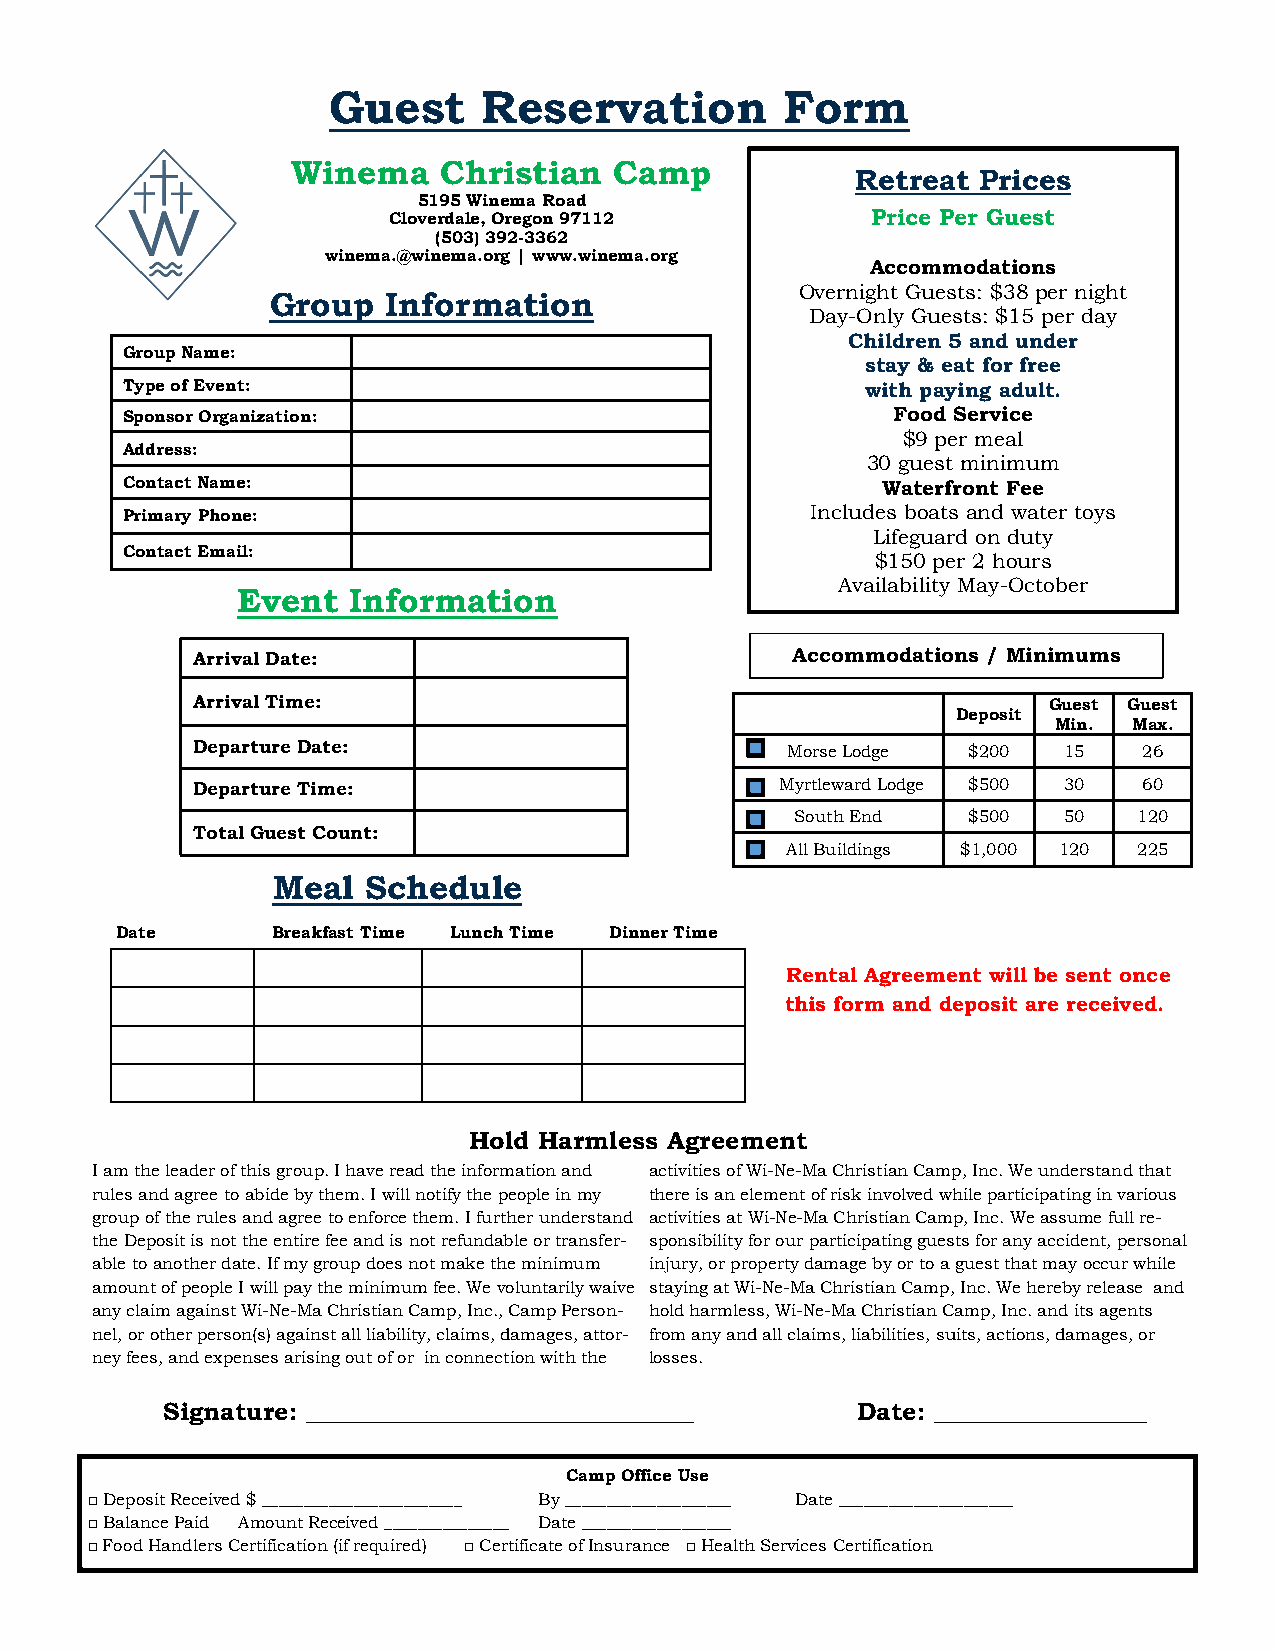
Guest     Reservation         Form
 Winema    Christian   Camp
 Retreat Prices
 5195 Winema Road
 Cloverdale, Oregon 97112        Price Per Guest
 (503)392-3362
 winema.@winema.org | www.winema.org
 Accommodations
 Group   Information
 Overnight Guests: $38 per night
 Day-Only Guests: $15 per day
 Children 5 and under
 Group Name:
 stay & eat for free
 Type of Event:                                   with paying adult.
 Sponsor Organization:                              Food Service
 $9 per meal
 Address:
 30 guest minimum
 Contact Name:                                     Waterfront Fee
 Primary Phone:                                Includes boats and water toys
 Lifeguard on duty
 Contact Email:
 $150 per 2 hours
 Availability May-October
 Event  Information
 Arrival Date:                          Accommodations / Minimums
 Arrival Time:                                           Guest Guest
 Deposit
 Min. Max.
 Departure Date:                        Morse Lodge $200  15    26
 Departure Time:                        Myrtleward Lodge $500 30 60
 South End  $500  50   120
 Total Guest Count:
 All Buildings $1,000 120 225
 Meal  Schedule
 Date      Breakfast Time Lunch Time Dinner Time
 Rental Agreement will be sent once
 this form and deposit are received.
 Hold Harmless Agreement
 I am the leader of this group. I have read the information and activities of Wi-Ne-Ma Christian Camp, Inc. We understand that
 rules and agree to abide by them. I will notify the people in my there is an element of risk involved while participating in various
 group of the rules and agree to enforce them. I further understand activities at Wi-Ne-Ma Christian Camp, Inc. We assume full re-
 the Deposit is not the entire fee and is not refundable or transfer- sponsibility for our participating guests for any accident, personal
 able to another date. If my group does not make the minimum injury, or property damage by or to a guest that may occur while
 amount of people I will pay the minimum fee. We voluntarily waive staying at Wi-Ne-Ma Christian Camp, Inc. We hereby release and
 any claim against Wi-Ne-Ma Christian Camp, Inc., Camp Person- hold harmless, Wi-Ne-Ma Christian Camp, Inc. and its agents
 nel, or other person(s) against all liability, claims, damages, attor- from any and all claims, liabilities, suits, actions, damages, or
 ney fees, and expenses arising out of or in connection with the losses.
 Signature: _______________________________    Date: _________________
 Camp Office Use
 □Deposit Received $ ________________________ By ____________________ Date _____________________
 □Balance Paid Amount Received _______________ Date __________________
 □Food Handlers Certification (if required) □Certificate of Insurance □ Health Services Certification